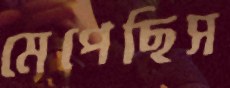
মেপেছিস